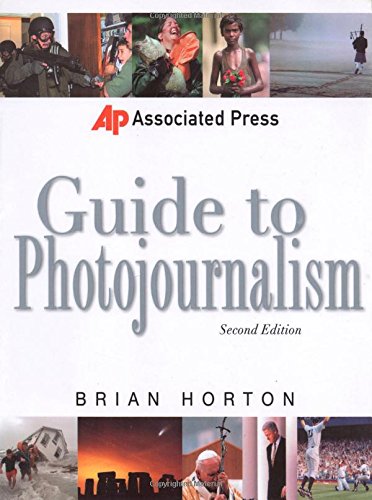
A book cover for Associated Press Guide to Photojournalism (Associated Press Handbooks); Brian Horton; Arts & Photography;